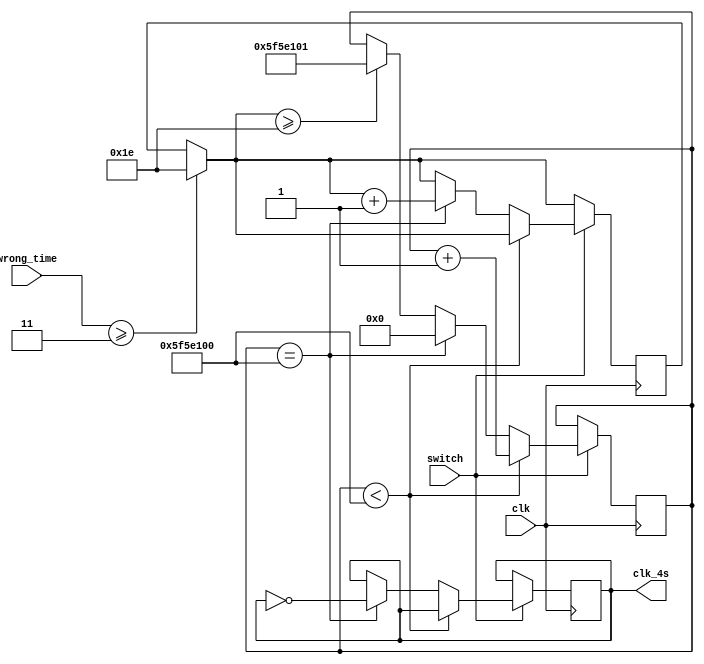
`timescale 1ns / 1ps
//////////////////////////////////////////////////////////////////////////////////
// Company: 
// Engineer: 
// 
// Design Name: 
// Module Name:    counter_4s 
// Project Name: 
// Target Devices: 
// Tool versions: 
// Description: 
//
// Dependencies: 
//
// Revision: 
// Revision 0.01 - File Created
// Additional Comments: 
//
//////////////////////////////////////////////////////////////////////////////////
module counter_4s(clk,switch,wrong_time,clk_4s);  // generate clk_4s
  	input wire clk;
	input wire switch;
	input wire [2:0]wrong_time;
	output reg clk_4s;
	reg[31:0]cnt;
	reg[4:0] i;

   always @(posedge clk)
	begin
	   if(wrong_time>=3) i=30;	       //
	   if(switch==1)                 //switch=1
		begin
		if(i>=30) cnt<=100000001;    //15
	   if(cnt<100000000)           //100M*(1/50M)S=2.0S
		begin   
			cnt<=cnt+1;  
		end
		else if(cnt==100000000) 
		begin
			 cnt<=0;
			 i=i+1;
			 clk_4s<=~clk_4s;        // clk_4s==1=2.0s
                                 // clk_4s==0=2.0s
      end 
		end
	end                          //T=4S
	

endmodule